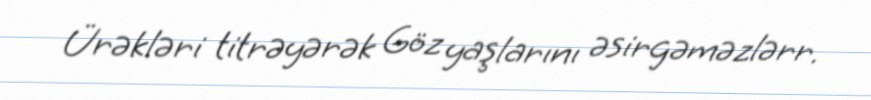
Ürəkləri titrəyərək Göz yaşlarını əsirgəməzlərr.